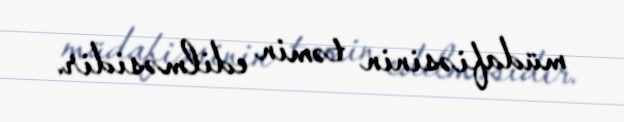
müdafiəsinin təmin edilməsidir.